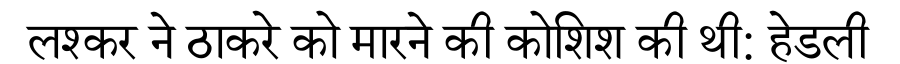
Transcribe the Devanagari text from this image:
लश्कर ने ठाकरे को मारने की कोशिश की थी: हेडली